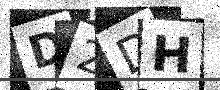
Text: D2DH